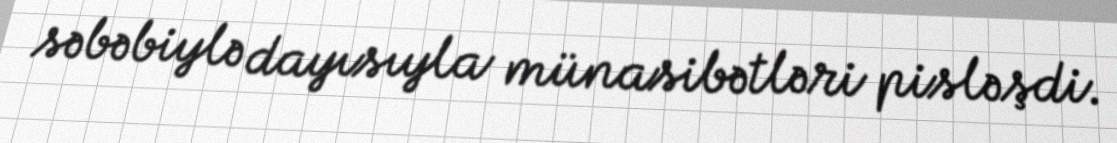
səbəbiylə dayısıyla münasibətləri pisləşdi.